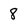
Character: 8